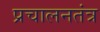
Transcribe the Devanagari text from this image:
प्रचालनतंत्र